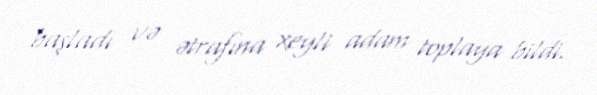
başladı və ətrafına xeyli adam toplaya bildi.